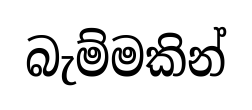
බැම්මකින්